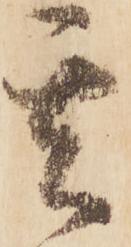
其